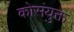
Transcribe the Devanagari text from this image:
कोसंयुक्त